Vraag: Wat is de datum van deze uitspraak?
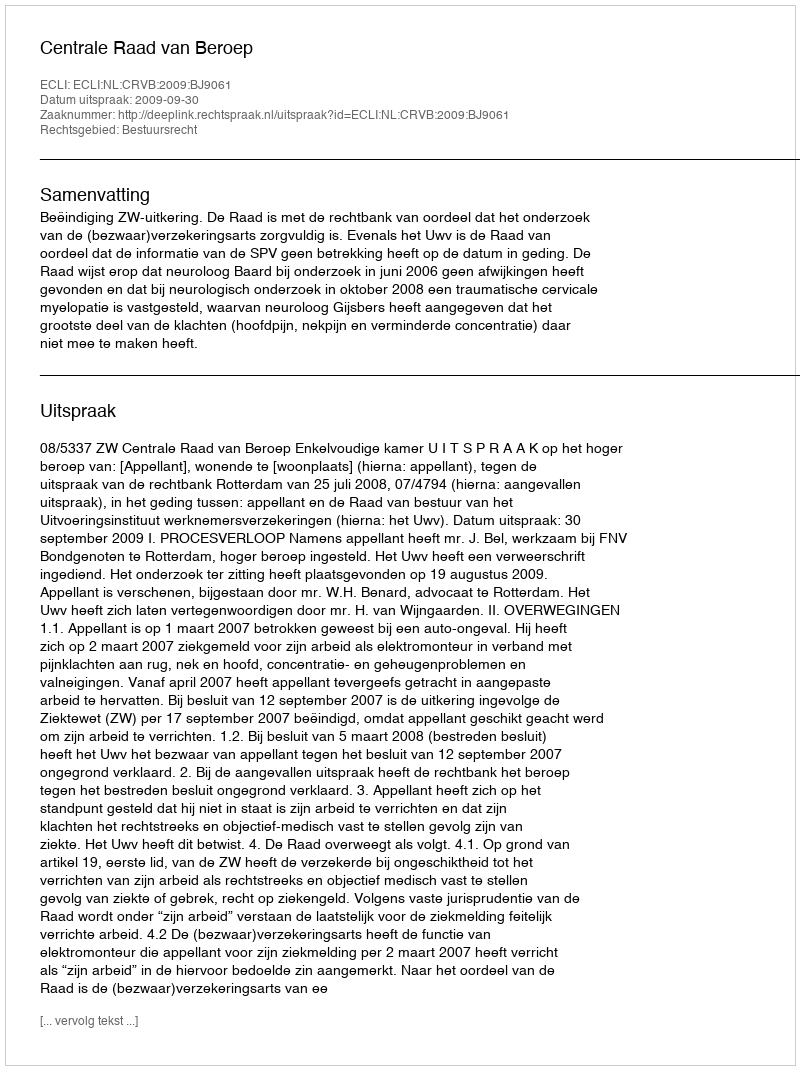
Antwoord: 2009-09-30